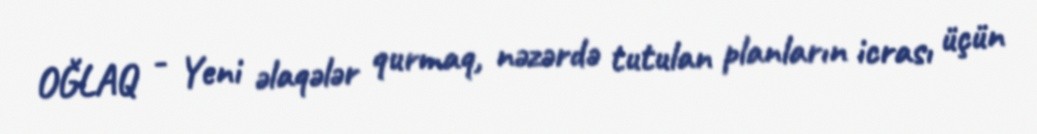
OĞLAQ - Yeni əlaqələr qurmaq, nəzərdə tutulan planların icrası üçün